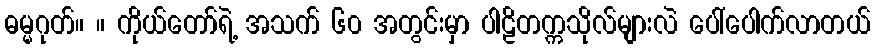
ဓမ္မဂုတ်။ ။ ကိုယ်တော်ရဲ့ အသက် ၆၀ အတွင်းမှာ ပါဠိတက္ကသိုလ်များလဲ ပေါ်ပေါက်လာတယ်